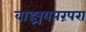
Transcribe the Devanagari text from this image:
वाङ्मयपरंपरा